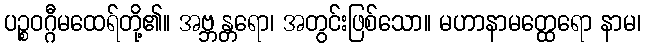
ပဉ္စဝဂ္ဂီမထေရ်တို့၏။ အဗ္ဘန္တရော၊ အတွင်းဖြစ်သော။ မဟာနာမတ္ထေရော နာမ၊